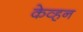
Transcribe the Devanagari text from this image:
केव्हन